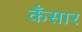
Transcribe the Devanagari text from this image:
कँसार